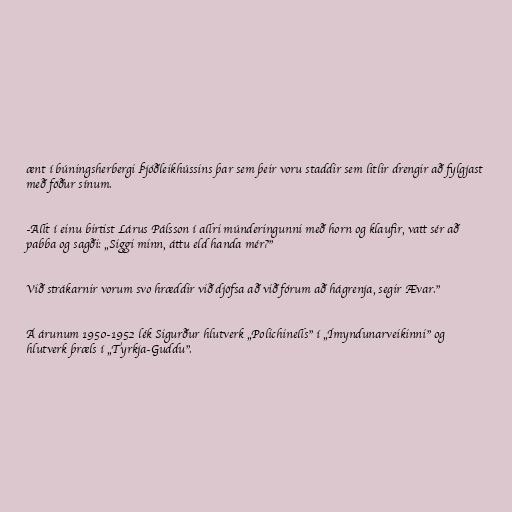
ænt í búningsherbergi Þjóðleikhússins þar sem þeir voru staddir sem litlir drengir að fylgjast
með föður sínum.

-Allt í einu birtist Lárus Pálsson í allri múnderingunni með horn og klaufir, vatt sér að
pabba og sagði: „Siggi minn, áttu eld handa mér?"

Við strákarnir vorum svo hræddir við djöfsa að við fórum að hágrenja, segir Ævar."

Á árunum 1950-1952 lék Sigurður hlutverk „Polichinells" í „Ímyndunarveikinni" og
hlutverk þræls í „Tyrkja-Guddu".